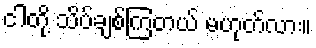
ငါတို့ သိပ်ချစ်ကြတယ် မဟုတ်လား။